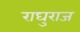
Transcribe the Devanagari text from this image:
राघुराज